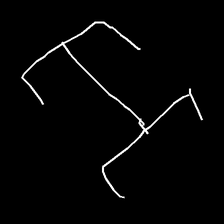
Glyph: entwine